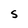
Character: S